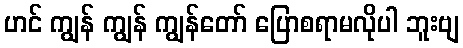
ဟင် ကျွန် ကျွန် ကျွန်တော် ပြောစရာမလိုပါ ဘူးဗျ